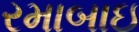
રમાબાઇ